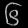
Digit: ၆